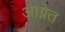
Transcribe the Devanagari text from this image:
आग्नेत